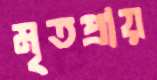
মৃতপ্রায়